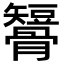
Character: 𥐒